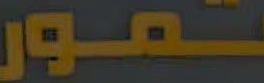
تمور